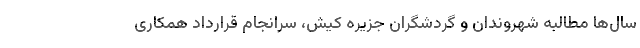
سال‌ها مطالبه شهروندان و گردشگران جزیره کیش، سرانجام قرارداد همکاری